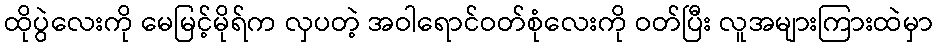
ထိုပွဲလေးကို မေမြင့်မိုရ်က လှပတဲ့ အဝါရောင်ဝတ်စုံလေးကို ဝတ်ပြီး လူအများကြားထဲမှာ